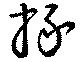
掾